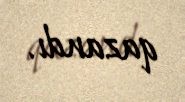
qazandı.